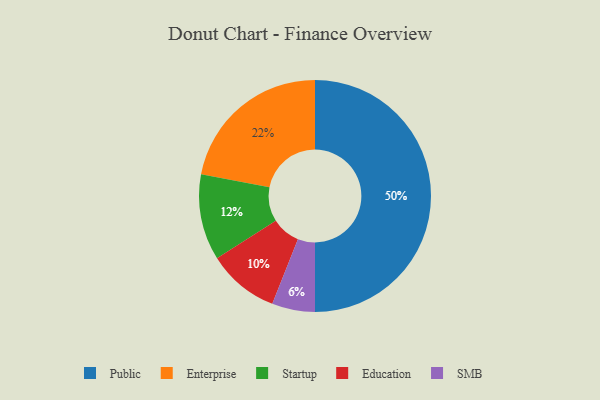
{"axis": {"x": "Category", "y": "Percentage"}, "legend": ["Education", "Enterprise", "Public", "SMB", "Startup"], "data": [{"x": "Education", "y": 10, "type": "Education"}, {"x": "Startup", "y": 12, "type": "Startup"}, {"x": "Enterprise", "y": 22, "type": "Enterprise"}, {"x": "SMB", "y": 6, "type": "SMB"}, {"x": "Public", "y": 50, "type": "Public"}]}